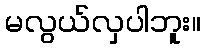
မလွယ်လှပါဘူး။